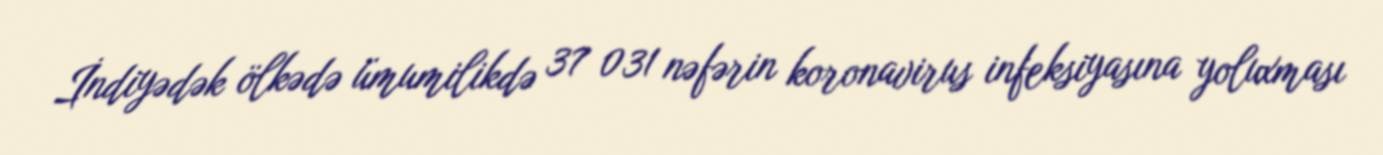
İndiyədək ölkədə ümumilikdə 37 031 nəfərin koronavirus infeksiyasına yoluxması